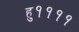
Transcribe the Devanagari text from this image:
हु११११